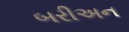
બરીઅન